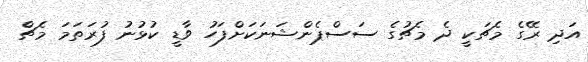
އަދި ރޭގެ މެޗަކީ ދެ މެޗުގެ ސަސްޕެންޝަނަކަށްފަހު ވާޑީ ކުޅުނު ފުރަތަމަ މެޗެް